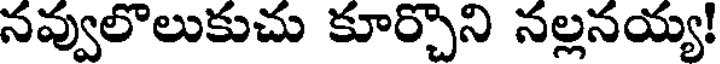
నవ్వులొలుకుచు కూర్చొని నల్లనయ్య!